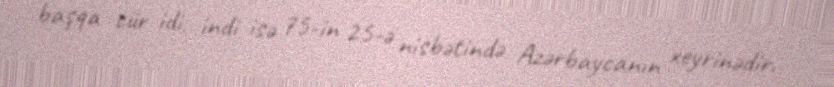
başqa cür idi, indi isə 75-in 25-ə nisbətində Azərbaycanın xeyrinədir.